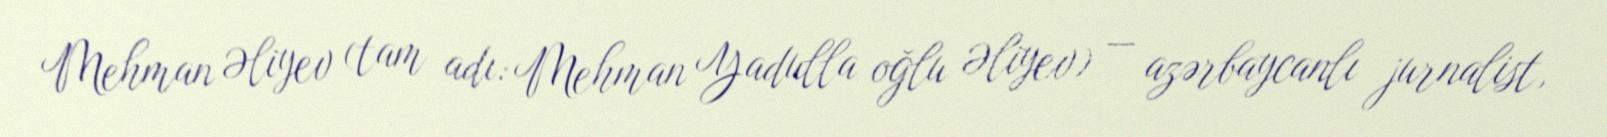
Mehman Əliyev (tam adı: Mehman Yadulla oğlu Əliyev) — azərbaycanlı jurnalist,